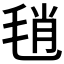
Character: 𣭱